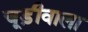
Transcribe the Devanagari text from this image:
चूड़ीवाला